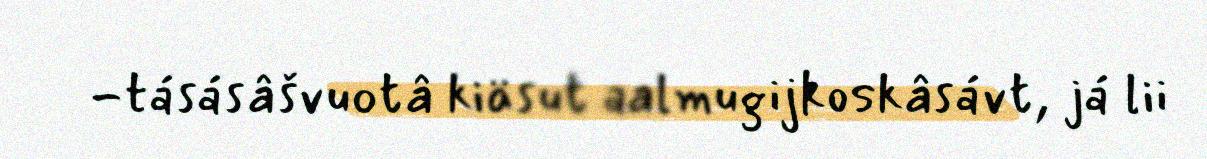
-tásásâšvuotâ kiäsut aalmugijkoskâsávt, já lii